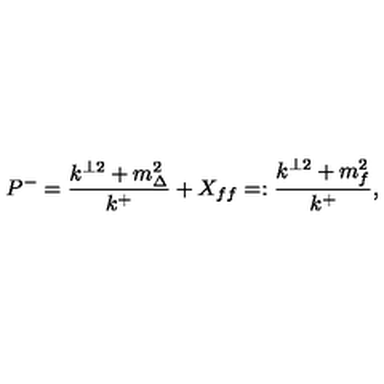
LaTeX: P ^ { - } = \frac { k ^ { \perp 2 } + m _ { \Delta } ^ { 2 } } { k ^ { + } } + X _ { f f } = : \frac { k ^ { \perp 2 } + m _ { f } ^ { 2 } } { k ^ { + } } ,